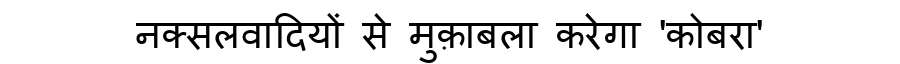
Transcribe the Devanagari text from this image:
नक्सलवादियों से मुक़ाबला करेगा 'कोबरा'